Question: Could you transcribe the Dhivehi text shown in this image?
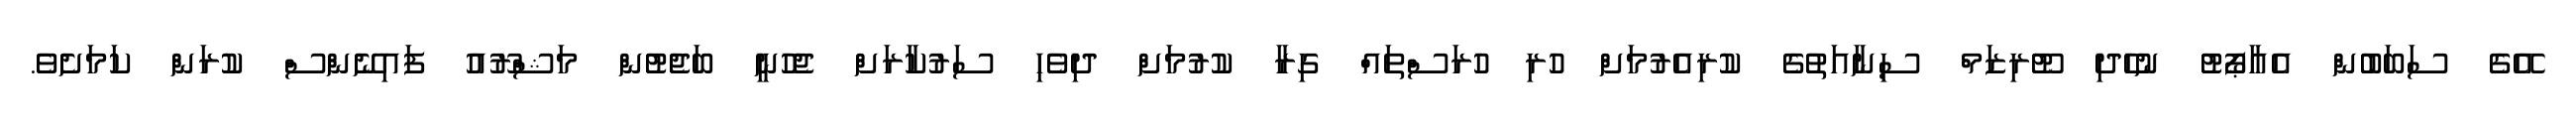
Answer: އޭގެ ސަބަބުން އެއާޕޯޓު ނުހެދި ޓޫރިޒަމް ސިނާއަތުގެ ކުރިއެރުމަށް ހުރި ހުރަސްތައް ގިރާ ކުރުމަށް ދިވެހި ސަރުކާރަށް ޖެހުނީ ބަޖެޓުން މަޝްރޫއު ފައިނޭންސް ކުރަން ކަމަށެވެ.